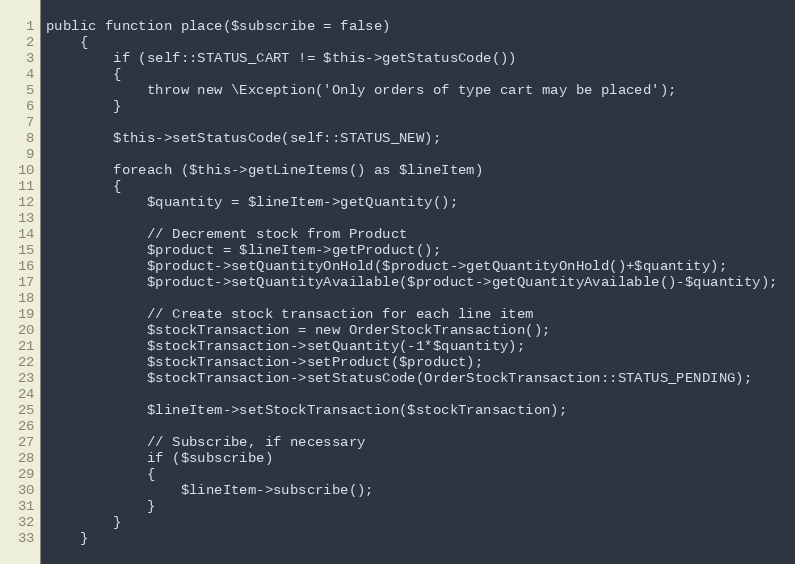
Language: PHP
public function place($subscribe = false)
    {
        if (self::STATUS_CART != $this->getStatusCode())
        {
            throw new \Exception('Only orders of type cart may be placed');
        }

        $this->setStatusCode(self::STATUS_NEW);

        foreach ($this->getLineItems() as $lineItem)
        {
            $quantity = $lineItem->getQuantity();

            // Decrement stock from Product
            $product = $lineItem->getProduct();
            $product->setQuantityOnHold($product->getQuantityOnHold()+$quantity);
            $product->setQuantityAvailable($product->getQuantityAvailable()-$quantity);

            // Create stock transaction for each line item
            $stockTransaction = new OrderStockTransaction();
            $stockTransaction->setQuantity(-1*$quantity);
            $stockTransaction->setProduct($product);
            $stockTransaction->setStatusCode(OrderStockTransaction::STATUS_PENDING);

            $lineItem->setStockTransaction($stockTransaction);

            // Subscribe, if necessary
            if ($subscribe)
            {
                $lineItem->subscribe();
            }
        }
    }